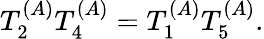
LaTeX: T_{2}^{(A)}T_{4}^{(A)}=T_{1}^{(A)}T_{5}^{(A)}.